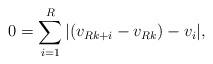
LaTeX: \begin{align*} 0 = \sum^{R}_{i=1} | (v_{Rk+i} - v_{Rk}) - v_i |, \end{align*}